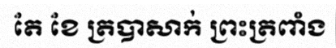
តែ ខែ ត្របាសាក់ ព្រះត្រពាំង